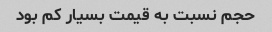
حجم نسبت به قیمت بسیار کم بود